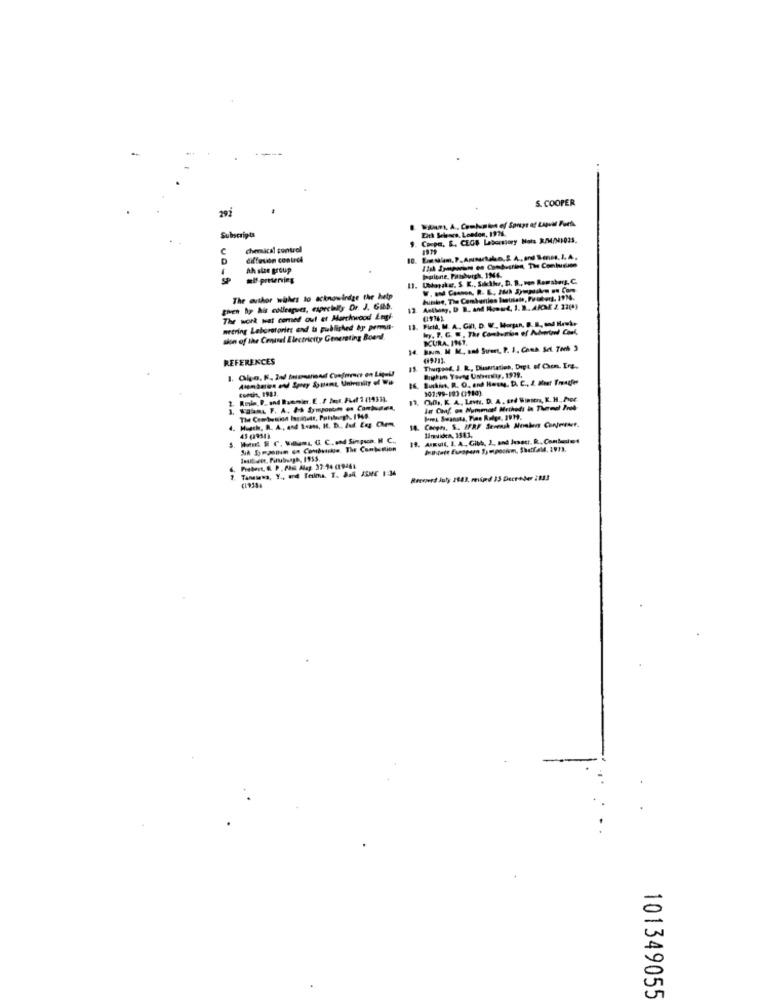
S. COOPER
Eith Selescs, London, 1926.
Subscripts
. Coupe, S. CEGB Laboratory Nots R/M/H4103S.
chemical control
..
diffusion contrdi
Ah size group
11. UNorske. S. K ., Sakkker, D. B ., von Romaborg, C.
The author whhes to acknowledge the help
burke, The Cemberios lasulele, Pyübers, 191.
ghen by his colleagues, especially Dr. J. Gib.
12.
The work wat comed out et Marckwood Engi-
Field, M. A. GHlt. D. W. Morgan, B. B ., and Hawk.
meering Laboratories and ta published by pemsis-
sion of the Cimnivel Electricity Generating Boenl
ICURA, IN47.
14
İsim M M ., ıni Surert, P. J. Coes Set. 7Ach 3
REFERENCES
13 Thurgood. J. R ., Dissertation, Dept. of Com. Irg.
Contin, 1921.
13. 0.01, K A, Lon, D. A. and Women, R. H ., her
19. ARKull, I. A ., Gibb, 3 ., and Jesatt. R ., Conbassist
SiA Sompoim on Combuicks The Combustion
7. Tanasema, Y ., and Feilma. T. A.R KENE 1:34
Piebert, R. P . Phis Alag: 37:14 (19461.
(1935.
101349055